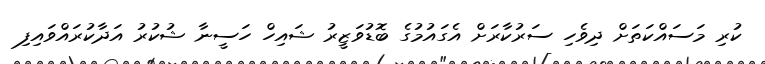
ކުރި މަސައްކަތަށް ދިވެހި ސަރުކާރަށް އެގައުމުގެ ބޮޑުވަޒީރު ޝައިހް ހަސީނާ ޝުކުރު އަދާކުރައްވައިފި